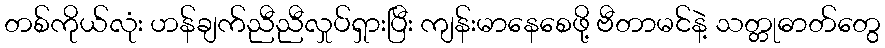
တစ်ကိုယ်လုံး ဟန်ချက်ညီညီလှုပ်ရှားပြီး ကျန်းမာနေစေဖို့ ဗီတာမင်နဲ့ သတ္တုဓာတ်တွေ